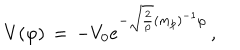
LaTeX: V ( \varphi ) \, = \, - V _ { 0 } e ^ { - \sqrt { \frac { 2 } { p } } ( m _ { p } ) ^ { - 1 } \varphi } \, ,